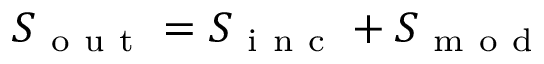
S _ { \mathrm { ~ o ~ u ~ t ~ } } = S _ { \mathrm { ~ i ~ n ~ c ~ } } + S _ { \mathrm { ~ m ~ o ~ d ~ } }